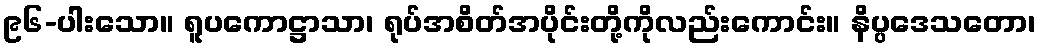
၉၆-ပါးသော။ ရူပကောဋ္ဌာသာ၊ ရုပ်အစိတ်အပိုင်းတို့ကိုလည်းကောင်း။ နိပ္ပဒေသတော၊